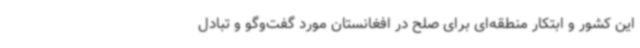
این کشور و ابتکار منطقه‌ای برای صلح در افغانستان مورد گفت‌وگو و تبادل